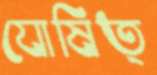
যোষিত্